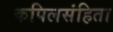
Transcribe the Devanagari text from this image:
कपिलसंहिता